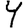
Digit: 4